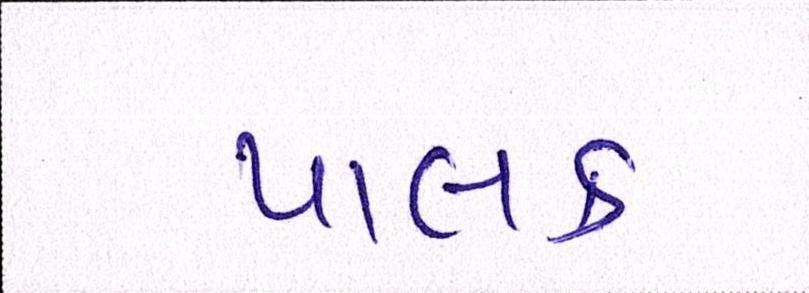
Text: પાલક